Riigikantselei, lk 6
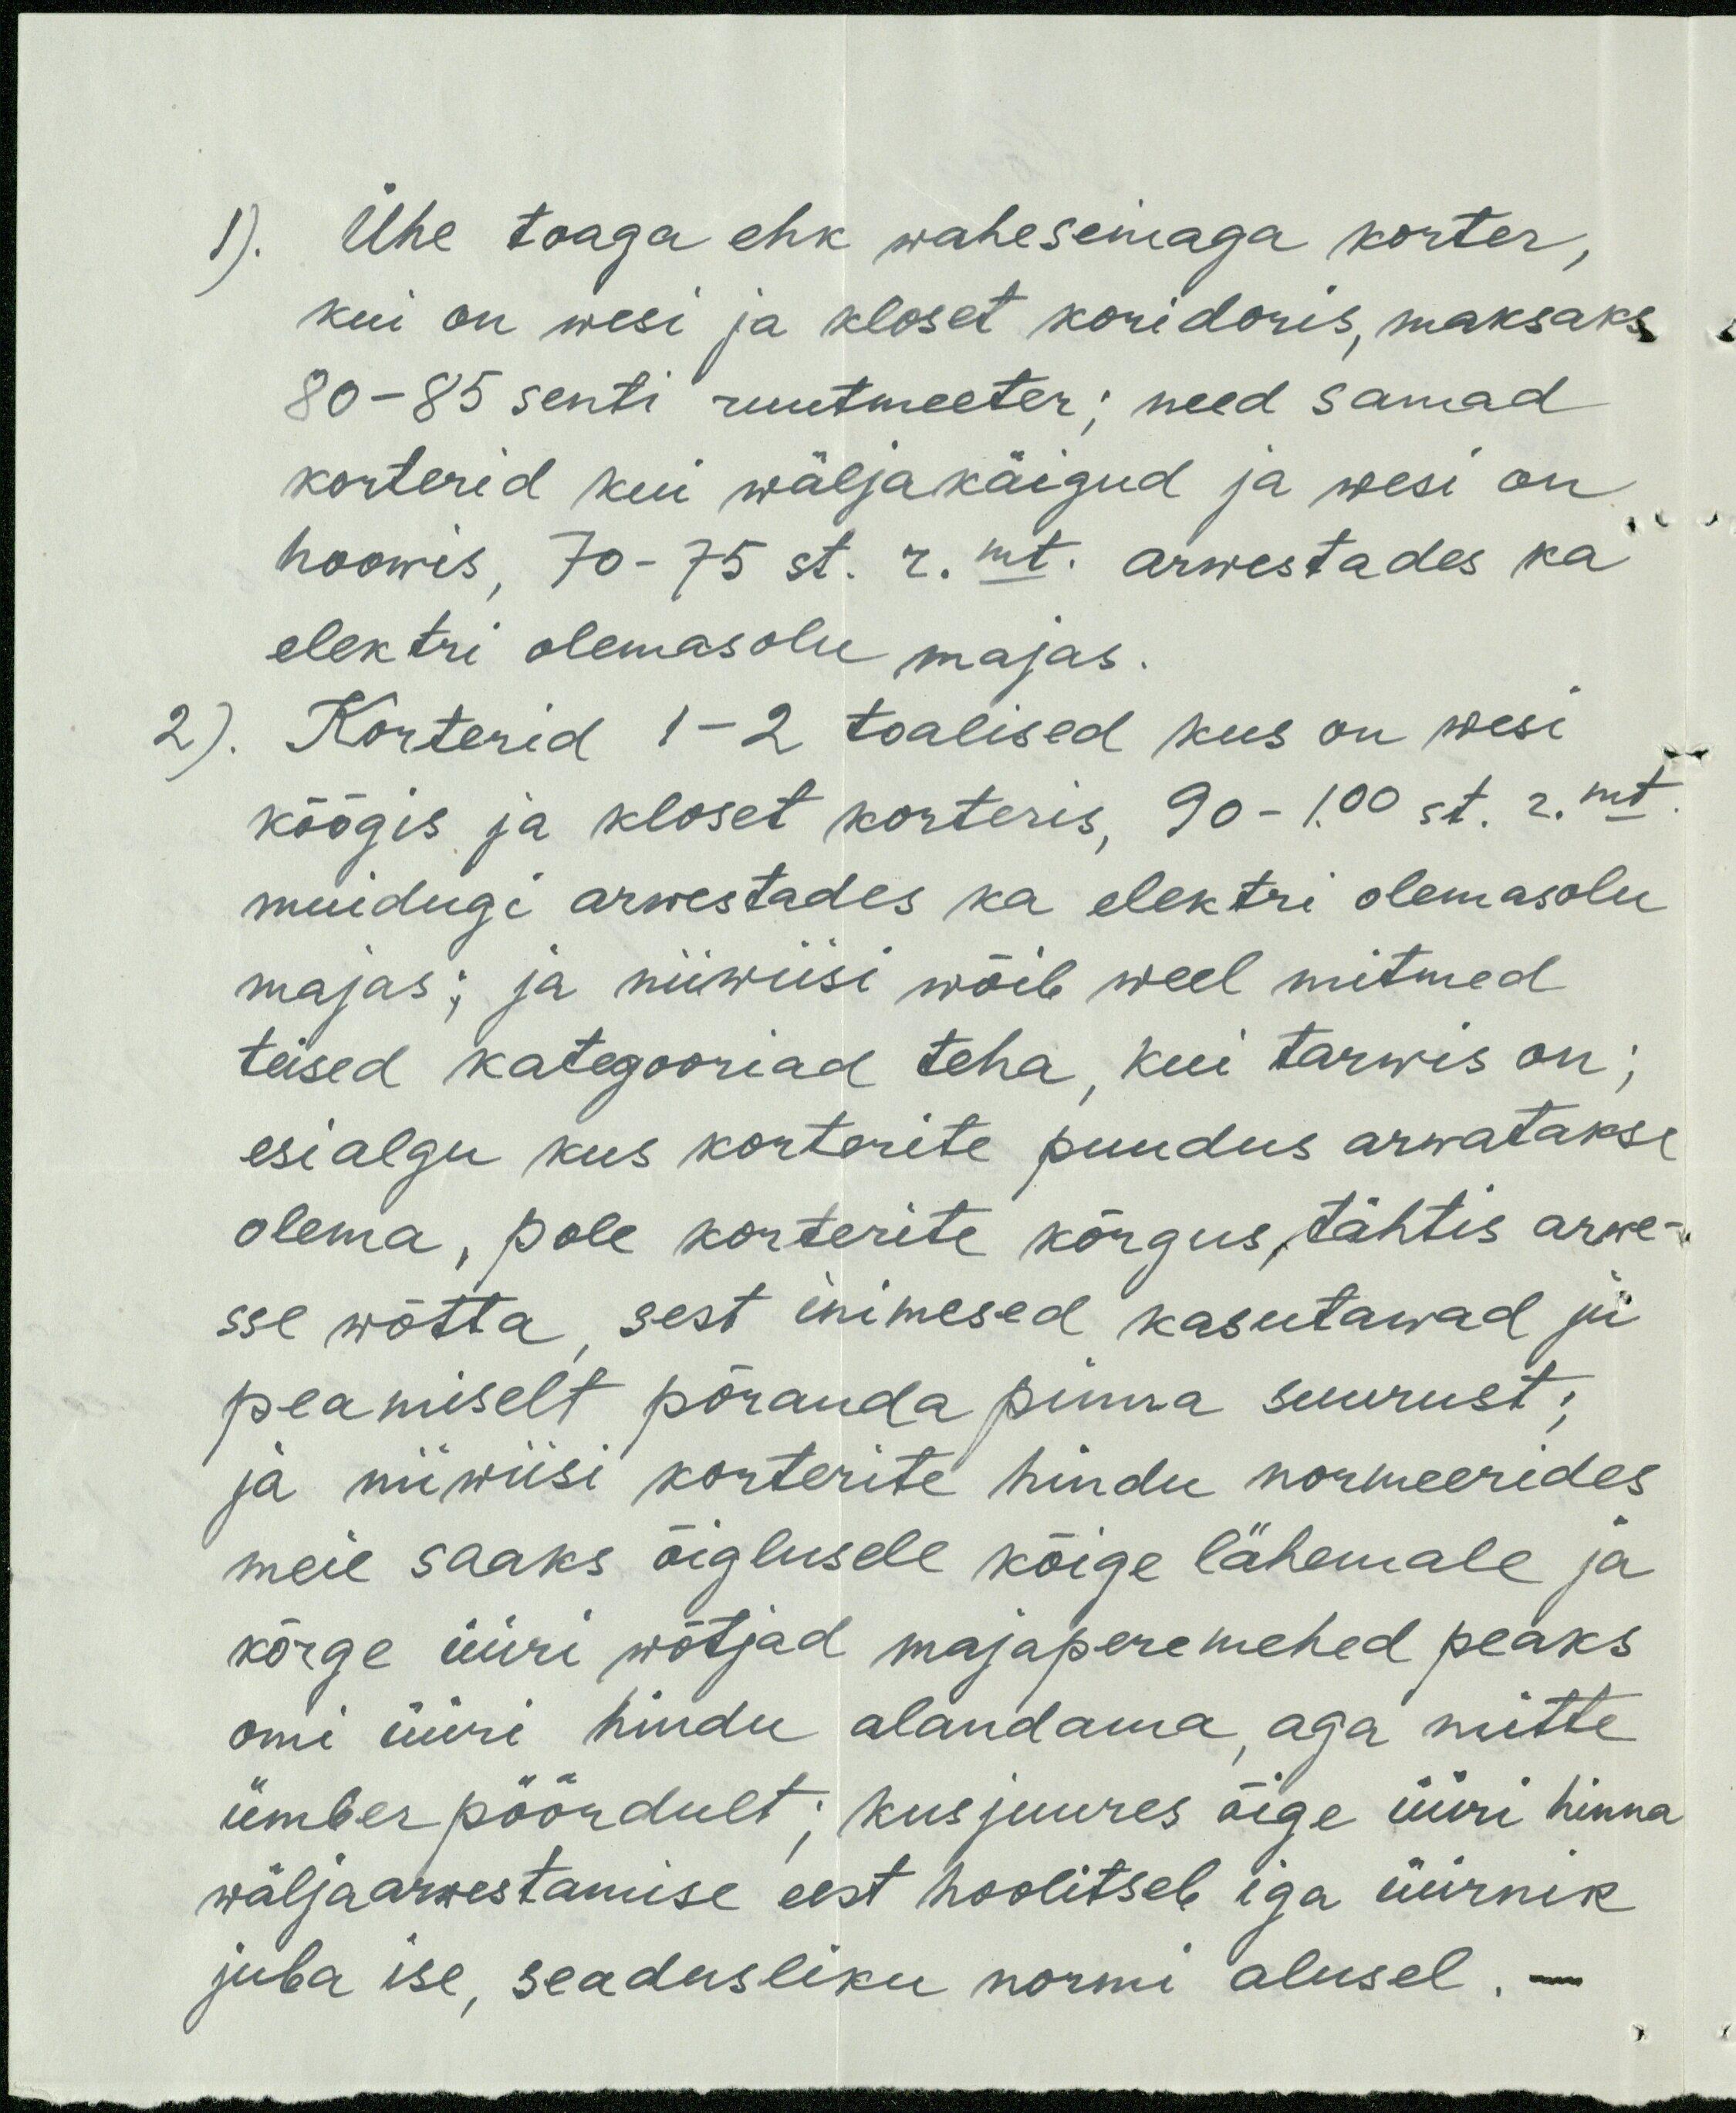
1). Ühe toaga ehk waheseinaga korter,
kui on wesi ja kloset koridoris, maksaks
80-85 senti ruutmeeter; need samad
korterid kui wäljakäigud ja wesi on
hoowis, 70-75 st. r. mt. arwestades ka
elektri olemasolu majas.
2). Korterid 1-2 toalised kus on wesi
köögis ja kloset korteris, 90 - 100 st. r. mt.
muidugi arwestades ka elektri olemasolu
majas; ja niiwiisi wõib weel mitmed
teised kategooriad teha, kui tarwis on;
esialgu kus korterite puudus arwatakse
olema, pole korterite kõrgus, tähtis arwe-
sse wõtta, sest inimesed kasutawad ju
peamiselt põranda pinna suurust;
ja niiwiisi korterite hindu normeerides
meie saaks õiglusele kõige lähemale ja
kõrge üüri wõtjad majaperemehed peaks
omi üüri hindu alandama, aga mitte
ümber pöördult; kusjuures õige üüri hinna
wäljaarwestamise eest hoolitseb iga üürnik
juba ise, seadusliku normi alusel. -